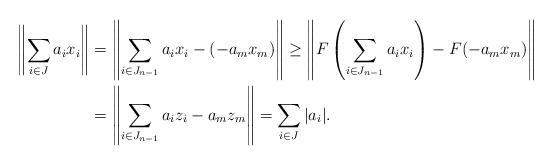
LaTeX: \begin{align*}\left\|\sum_{i\in J}{a_i x_i}\right\|&=\left\|\sum_{i\in J_{n-1}}{a_i x_i}- (-a_m x_m)\right\|\geq \left\|F\left(\sum_{i\in J_{n-1}}{a_i x_i}\right)- F(-a_m x_m)\right\| \\&=\left\|\sum_{i\in J_{n-1}}a_i z_i- a_m z_m\right\|=\sum_{i\in J}{|a_i|}.\end{align*}